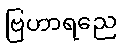
ဗြဟာရညေ